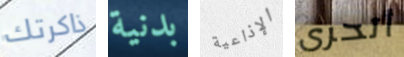
ذاكرتك بدنية الإذاعية أتحرى